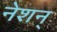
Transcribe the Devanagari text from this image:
नेशन्